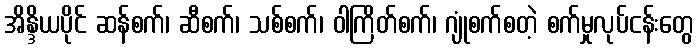
အိန္ဒိယပိုင် ဆန်စက်၊ ဆီစက်၊ သစ်စက်၊ ဝါကြိတ်စက်၊ ဂျုံစက်စတဲ့ စက်မှုလုပ်ငန်းတွေ